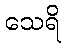
သေရိ